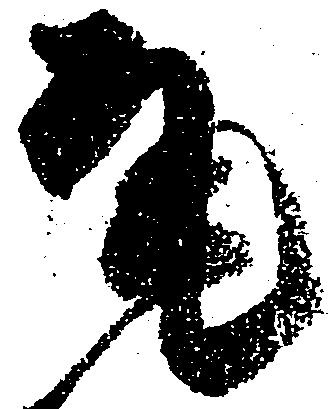
尾